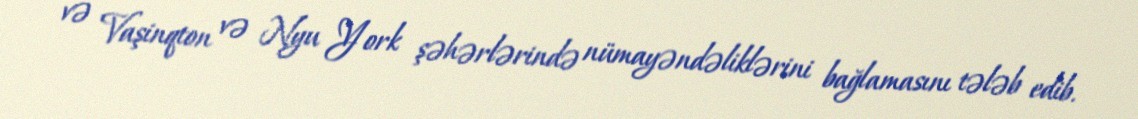
və Vaşinqton və Nyu York şəhərlərində nümayəndəliklərini bağlamasını tələb edib.